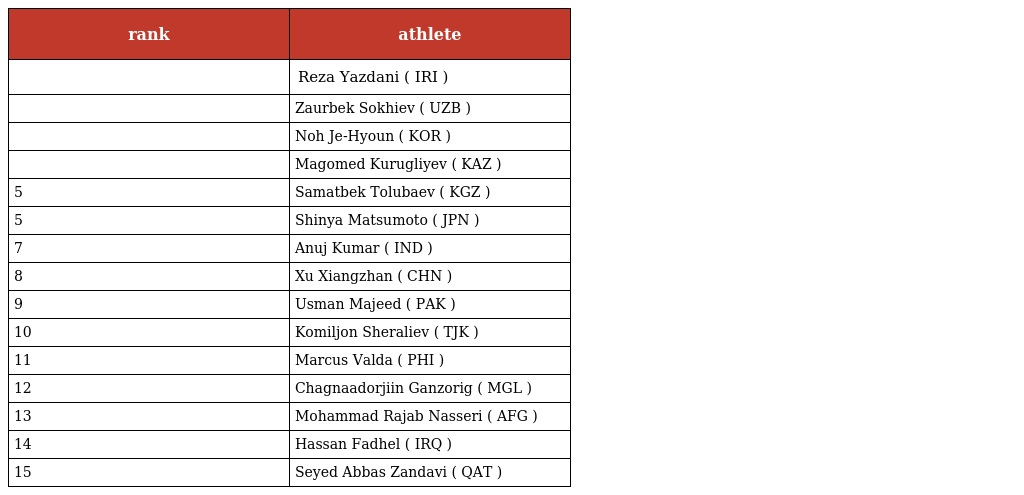
| rank | athlete |
 | --- | --- |
 |  | Reza Yazdani ( IRI ) |
 |  | Zaurbek Sokhiev ( UZB ) |
 |  | Noh Je-Hyoun ( KOR ) |
 |  | Magomed Kurugliyev ( KAZ ) |
 | 5 | Samatbek Tolubaev ( KGZ ) |
 | 5 | Shinya Matsumoto ( JPN ) |
 | 7 | Anuj Kumar ( IND ) |
 | 8 | Xu Xiangzhan ( CHN ) |
 | 9 | Usman Majeed ( PAK ) |
 | 10 | Komiljon Sheraliev ( TJK ) |
 | 11 | Marcus Valda ( PHI ) |
 | 12 | Chagnaadorjiin Ganzorig ( MGL ) |
 | 13 | Mohammad Rajab Nasseri ( AFG ) |
 | 14 | Hassan Fadhel ( IRQ ) |
 | 15 | Seyed Abbas Zandavi ( QAT ) |